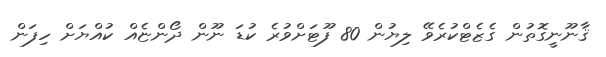
ޤާނޫނީގޮތުން ގެޒެޓްކުރެވޭ ލިޔުން 80 ފޫޓަށްވުރެ ކުޑަ ނޫން ދޯންޏެއް ކުއްޔަށް ހިފަން